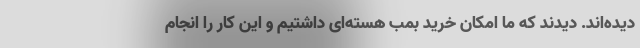
دیده‌اند. دیدند که ما امکان خرید بمب هسته‌ای داشتیم و این کار را انجام